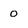
Character: 0